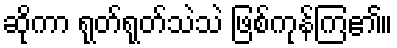
ဆိုကာ ရုတ်ရုတ်သဲသဲ ဖြစ်ကုန်ကြ၏။